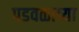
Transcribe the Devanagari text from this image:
पडवळाच्या